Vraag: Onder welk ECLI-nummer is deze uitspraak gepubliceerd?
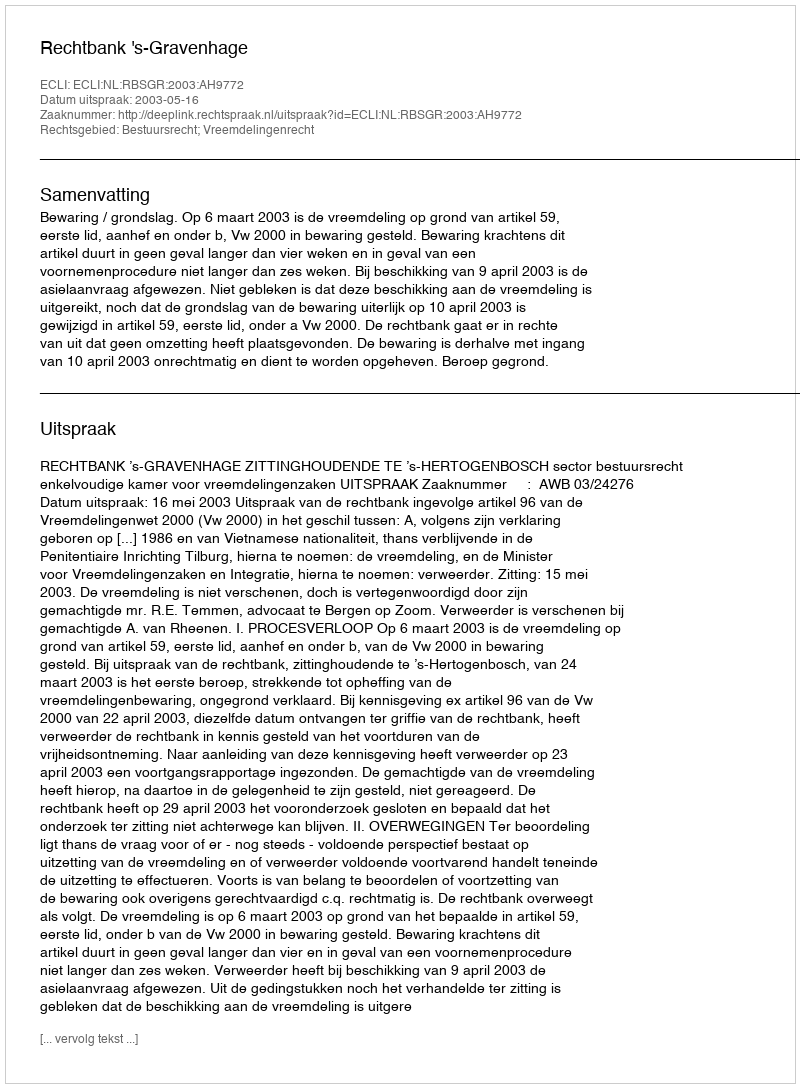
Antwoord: ECLI:NL:RBSGR:2003:AH9772